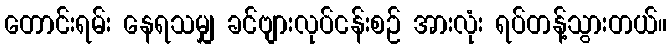
တောင်းရမ်း နေရသမျှ ခင်ဗျားလုပ်ငန်းစဉ် အားလုံး ရပ်တန့်သွားတယ်။